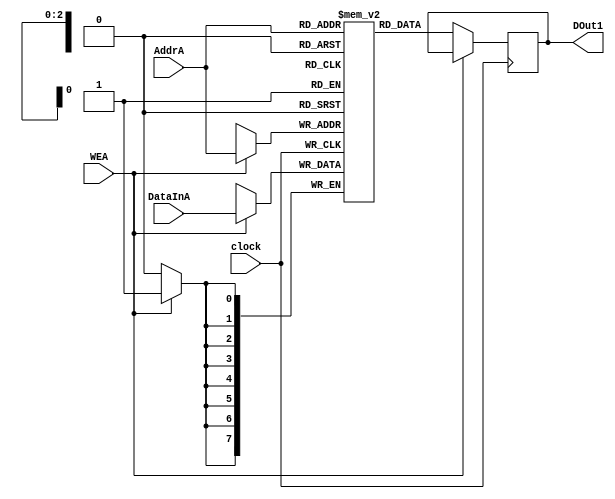
`timescale 1ns / 1ps
module memory_A(DOut1, AddrA, WEA, DataInA, clock);
    output [7:0] DOut1;
    input [2:0] AddrA;
    input WEA;
    input [7:0] DataInA;
    input clock;
    reg [7:0] SRAM [7:0];
    reg [7:0] DOut1;
    wire [2:0] AddrA;
    wire [7:0] DataInA;
    
    always @ (posedge clock)
    begin
        if (WEA==1)
            SRAM[AddrA] <= DataInA;
        else if (WEA==0)
            DOut1 <= SRAM[AddrA];
    end
endmodule